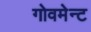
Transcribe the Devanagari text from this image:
गोवमेन्ट